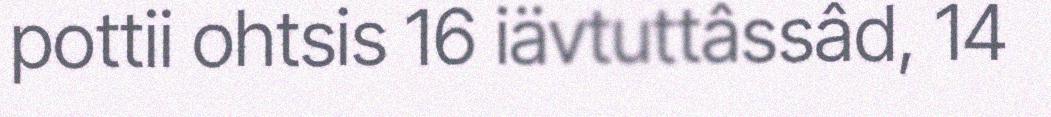
pottii ohtsis 16 iävtuttâssâd, 14